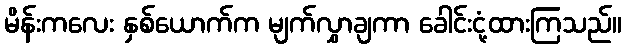
မိန်းကလေး နှစ်ယောက်က မျက်လွှာချကာ ခေါင်းငုံ့ထားကြသည်။